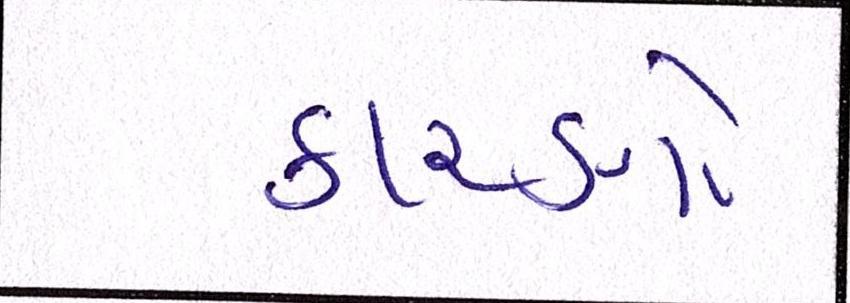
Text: કારણો